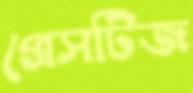
প্রেসটিজ